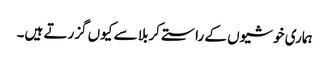
ہماری خوشیوں کے راستے کربلا سے کیوں گزرتے ہیں۔